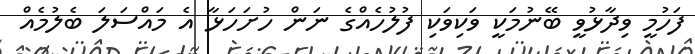
ފަހުމީ ވިދާޅުވީ ބޭނުމަކީ ވަކިވަކި ފުލުހެއްގެ ނަން ހުށަހަޅާ އެ މައްސަލަ ބެލުމެއް